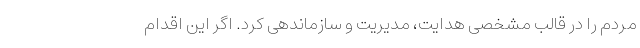
مردم را در قالب مشخصی هدایت، مدیریت و سازماندهی کرد. اگر این اقدام